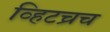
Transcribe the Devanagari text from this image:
व्हिटच्रच